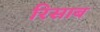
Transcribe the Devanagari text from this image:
रिसाब